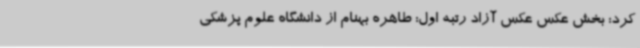
کرد: بخش عکس عکس آزاد رتبه اول: طاهره بهنام از دانشگاه علوم پزشکی